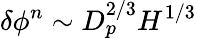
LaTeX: \delta\phi^{n}\sim D_{p}^{2/3}H^{1/3}